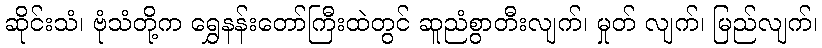
ဆိုင်းသံ၊ ဗုံသံတို့က ရွှေနန်းတော်ကြီးထဲတွင် ဆူညံစွာတီးလျက်၊ မှုတ် လျက်၊ မြည်လျက်၊